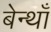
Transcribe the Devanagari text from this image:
बेन्थाँ